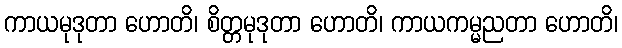
ကာယမုဒုတာ ဟောတိ၊ စိတ္တမုဒုတာ ဟောတိ၊ ကာယကမ္မညတာ ဟောတိ၊